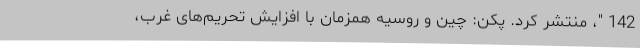
142 "، منتشر کرد. پکن: چین و روسیه همزمان با افزایش تحریم‌های غرب،